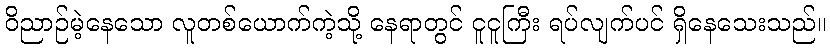
ဝိညာဉ်မဲ့နေသော လူတစ်ယောက်ကဲ့သို့ နေရာတွင် ငူငူကြီး ရပ်လျက်ပင် ရှိနေသေးသည်။